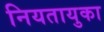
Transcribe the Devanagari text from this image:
नियतायुका